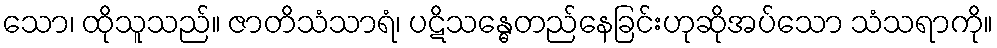
သော၊ ထိုသူသည်။ ဇာတိသံသာရံ၊ ပဋိသန္ဓေတည်နေခြင်းဟုဆိုအပ်သော သံသရာကို။